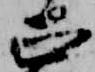
正